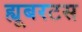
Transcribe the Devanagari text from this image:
ह्यूबरटस